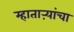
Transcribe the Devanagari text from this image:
म्हाताऱ्यांचा